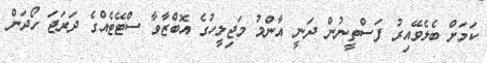
ކަމަށް ބެލެވޭއިރު ފަސްތީނުން ދަނީ އާންމު މަޖިލީހުގެ އޮބްޒާވާ ސްޓޭޓެއްގެ ދަރަޖަ ހޯދަން